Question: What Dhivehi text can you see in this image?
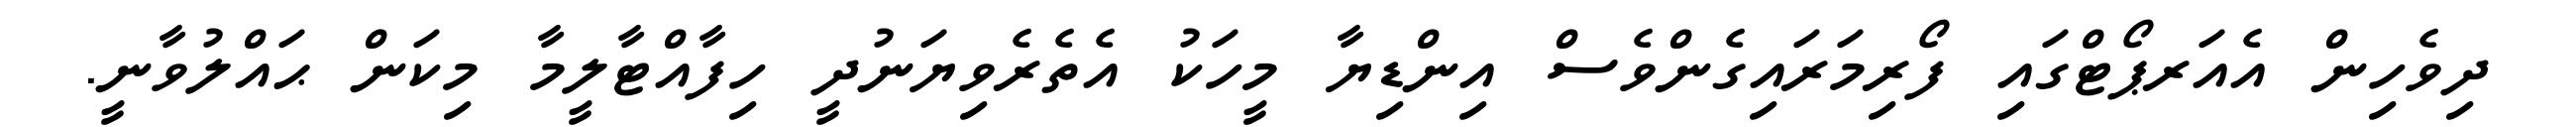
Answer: ދިވެހިން އެއަރޕޯޓްގައި ފޯރިމަރައިގެންވެސް އިންޑިޔާ މީހަކު އެތެރެވިޔަނުދީ ހިފާއްޓާލީމާ މިކަން ޙައްލުވާނީ.